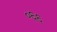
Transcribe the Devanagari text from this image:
०६६